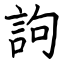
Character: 訽